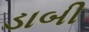
ડાબી